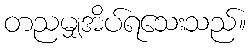
တညမျှအိပ်ရသေးသည်။